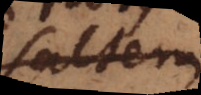
saltem